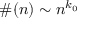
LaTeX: \# ( n ) \sim n ^ { k _ { 0 } }